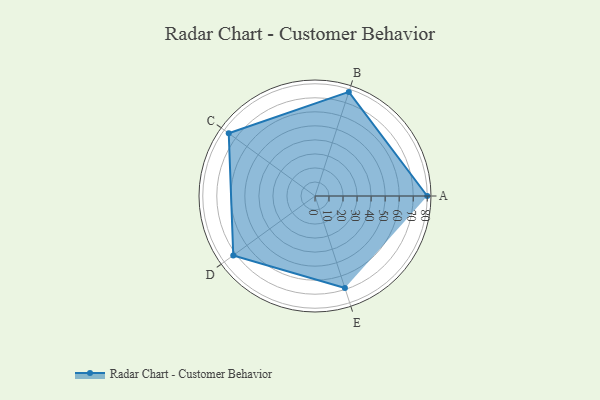
{"axis": {"x": "Skill", "y": "Score"}, "legend": ["Profile"], "data": [{"x": "A", "y": 80.0, "type": "Profile"}, {"x": "B", "y": 78.0, "type": "Profile"}, {"x": "C", "y": 76.0, "type": "Profile"}, {"x": "D", "y": 72.0, "type": "Profile"}, {"x": "E", "y": 69.0, "type": "Profile"}]}